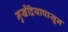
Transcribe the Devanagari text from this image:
मुखेंद्रियापासून